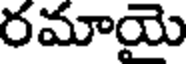
రమాయై